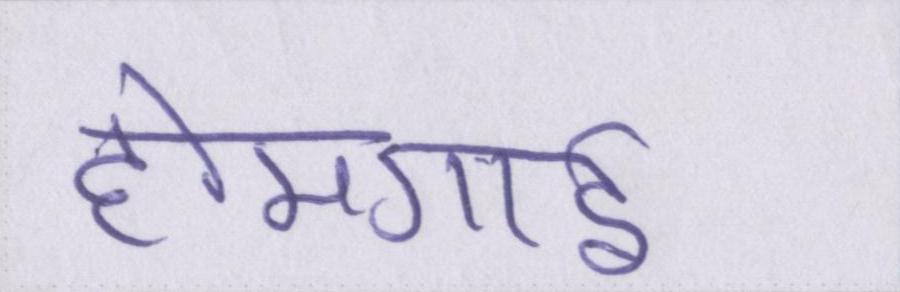
होमगार्ड